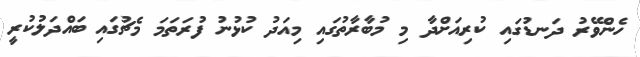
ހެންވޭރު ދަނޑުގައި ކުރިއަށްދާ މި މުބާރާތުގައި މިއަދު ކުޅުނު ފުރަތަމަ މެޗުގައި ބައްދަލުކުރީ